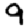
Digit: 9